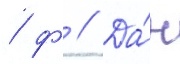
/ ф // Да́н